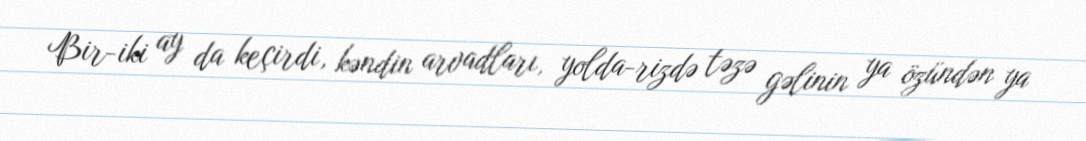
Bir-iki ay da keçirdi, kəndin arvadları, yolda-rizdə təzə gəlinin ya özündən ya